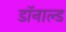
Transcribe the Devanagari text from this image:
डाॅनाल्ड